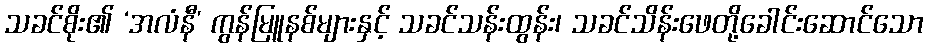
သခင်စိုး၏ ‘အလံနီ’ ကွန်မြူနစ်များနှင့် သခင်သန်းထွန်း၊ သခင်သိန်းဖေတို့ခေါင်းဆောင်သော